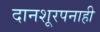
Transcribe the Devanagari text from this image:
दानशूरपनाही